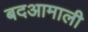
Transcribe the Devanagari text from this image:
बदआमाली